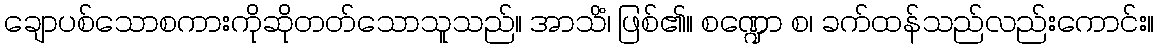
ချောပစ်သောစကားကိုဆိုတတ်သောသူသည်။ အာသိံ၊ ဖြစ်၏။ စဏ္ဍော စ၊ ခက်ထန်သည်လည်းကောင်း။